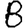
Digit: 8